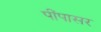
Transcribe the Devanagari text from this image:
पींपासर